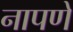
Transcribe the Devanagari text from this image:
नापणे